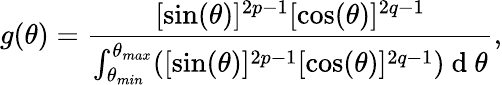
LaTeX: g(\theta)=\frac{[\sin(\theta)]^{2p-1}[\cos(\theta)]^{2q-1}}{\int_{\theta_{min}}^{\theta_{max}}([\sin(\theta)]^{2p-1}[\cos(\theta)]^{2q-1})\mathrm{~d~}\theta},